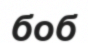
боб